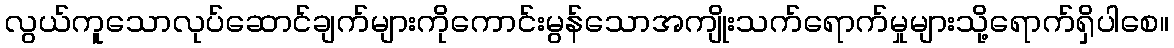
လွယ်ကူသောလုပ်ဆောင်ချက်များကိုကောင်းမွန်သောအကျိုးသက်ရောက်မှုများသို့ရောက်ရှိပါစေ။